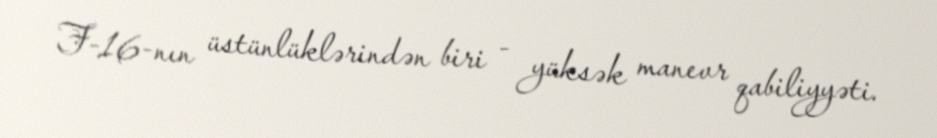
F-16-nın üstünlüklərindən biri - yüksək manevr qabiliyyəti.